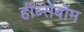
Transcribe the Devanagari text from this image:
हॉब्सबॉम